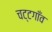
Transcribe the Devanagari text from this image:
चट्टगाँव